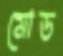
মোড